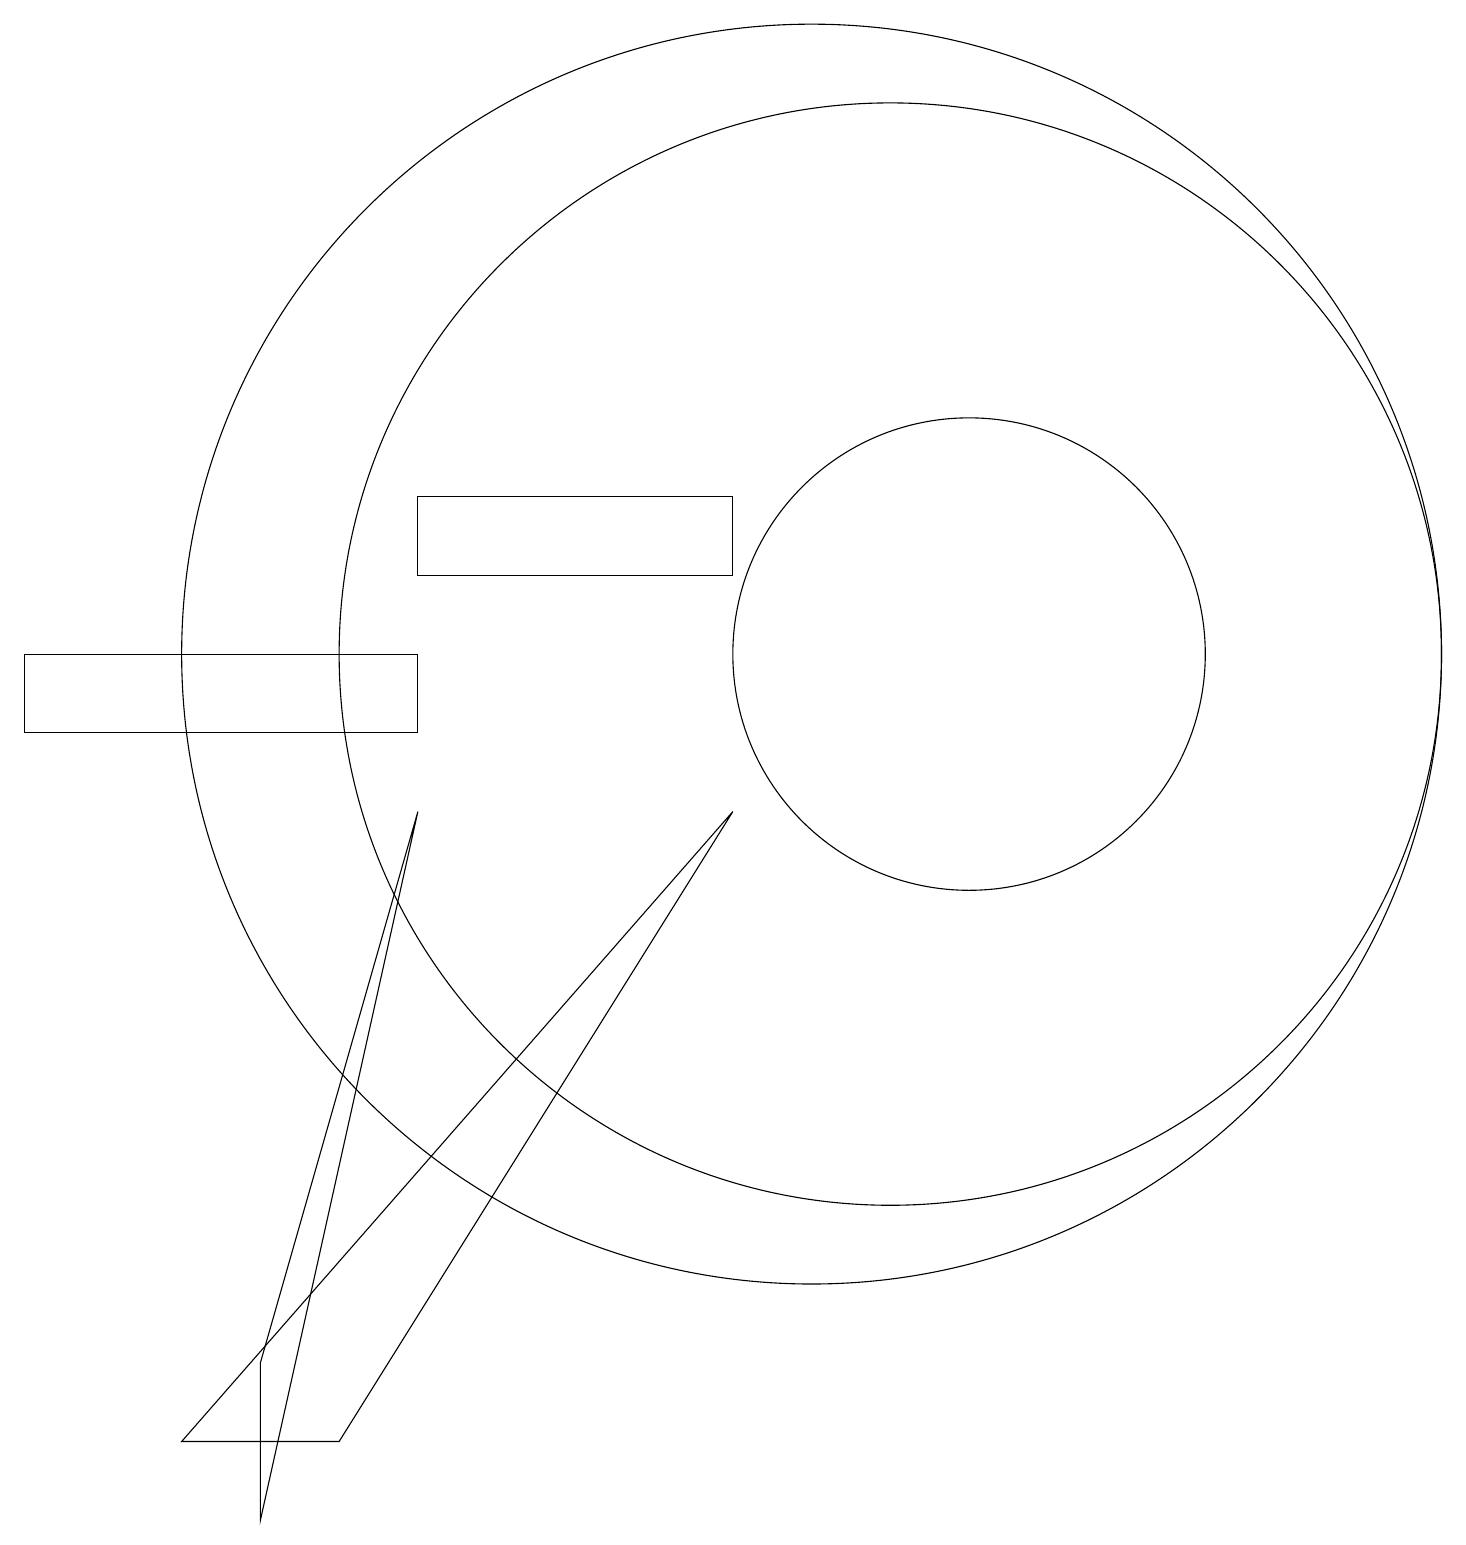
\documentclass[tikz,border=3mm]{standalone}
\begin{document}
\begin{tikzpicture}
\draw (12,11) circle (3);
\draw (5,9) -- (3,2) -- (3,0) -- cycle;
\draw (11,11) circle (7);
\draw (0,11) rectangle (5,10);
\draw (9,12) rectangle (5,13);
\draw (9,9) -- (2,1) -- (4,1) -- cycle;
\draw (10,11) circle (8);
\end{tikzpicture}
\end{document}